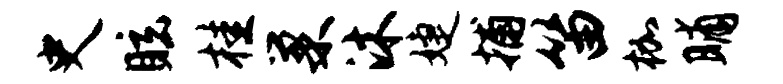
史眩桂巢沐婕捕笛枷晡